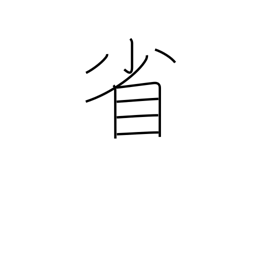
Meaning: government ministry